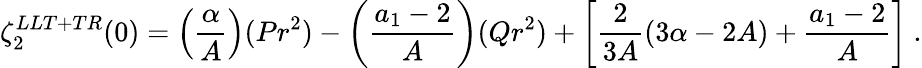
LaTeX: \zeta_{2}^{LLT+TR}(0)=\left(\frac{\alpha}{A}\right)(Pr^{2})-\left(\frac{a_{1}-2}{A}\right)(Qr^{2})+\left[\frac{2}{3A}(3\alpha-2A)+\frac{a_{1}-2}{A}\right]\ .